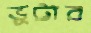
ভুট্টার